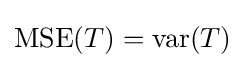
\operatorname {MSE} (T)=\operatorname {var} (T)